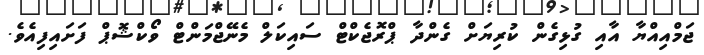
ޖަމްއިއްޔާ އާއި ގުޅިގެން ކުރިޔަށް ގެންދާ ޕްރޮޖެކްޓް ސައިކަލް މެނޭޖްމަންޓް ވޯކްޝޮޕް ފަށައިފިއެވެ.